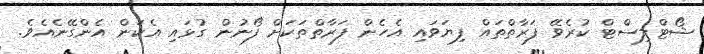
ޝޯޓްލިސްޓް ކުރެވޭ ފަރާތްތައް ފިޔަވައި އެހެން ފަރާތްތަކަށް ފޯނުން ގުޅައި އެކަން އެންގޭނެއެވެ.